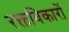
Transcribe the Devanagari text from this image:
रक्तविकारों